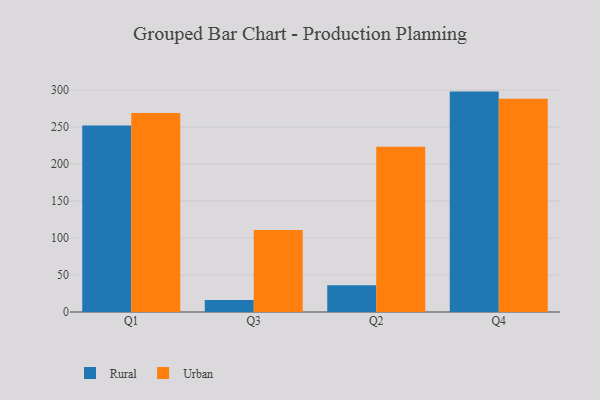
{"axis": {"x": "Quarter", "y": "Budget (USD K)"}, "legend": ["Rural", "Urban"], "data": [{"x": "Q1", "y": 252.0, "type": "Rural"}, {"x": "Q1", "y": 269.2, "type": "Urban"}, {"x": "Q3", "y": 16.1, "type": "Rural"}, {"x": "Q3", "y": 110.9, "type": "Urban"}, {"x": "Q2", "y": 36.0, "type": "Rural"}, {"x": "Q2", "y": 223.5, "type": "Urban"}, {"x": "Q4", "y": 298.0, "type": "Rural"}, {"x": "Q4", "y": 288.3, "type": "Urban"}]}